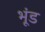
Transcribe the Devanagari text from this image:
भूंड